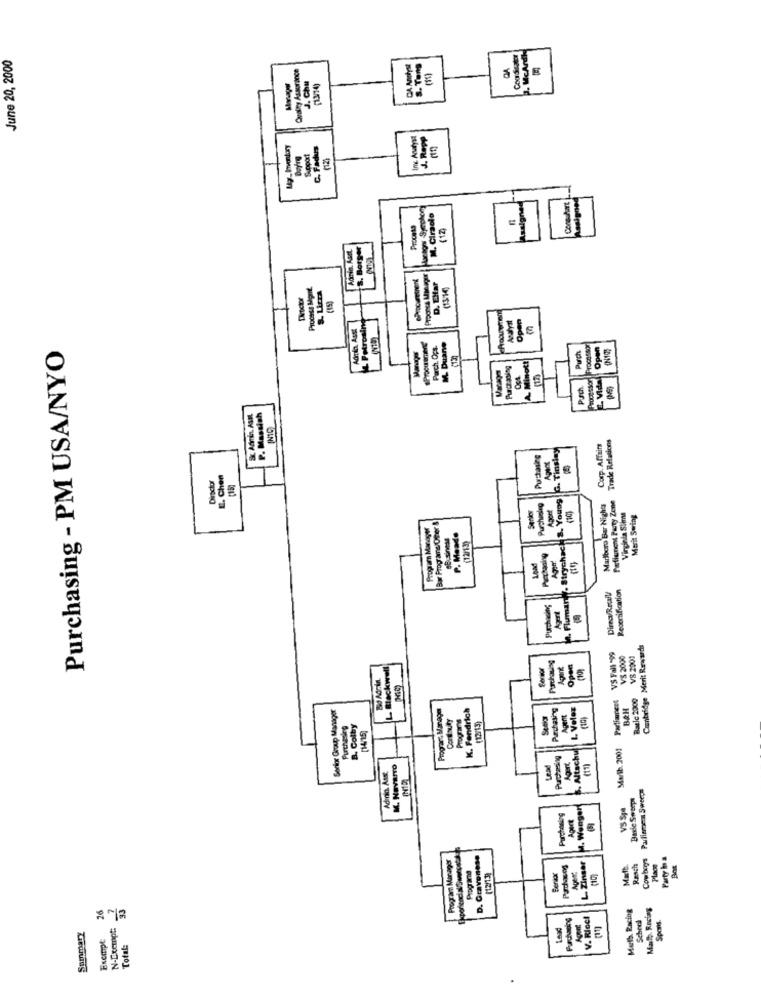
June 20, 2000
McArdk
Quality Assurance
CA. Anthest
s. Tang
J. Chu
Inc. Acutyst
Support
ConsuAuart
M. Ciraolo
Assign
Proce13
Admin. Ksat.
8. Borger
MAL
Process Mgmt.
8. Litra
D. EHar
Admin. Asst
& Potroml
Open
Purchasing - PM USA/NYO
Parch. 0pt.
M. Duane
Processor
Open
Purch
Purchasing
Minott
2. Vida
Pusch
& Admin, ASML
P. Maswish
Trade Relations
M. Flumary. Strychack S. Youog |G. Tinsley
Corp. Affairs
Purchasing
Director
E. Chen
Fallunent Party Zene
Purshining
Apoet
Marlboro Bar Night
Vindela Silme
Merit Swing
Program Manager
Bar Programs/Oter &
12/13)
Purchasing
E
Recortification
Direa/Roll
Aprt
Conbridge Merit Rewards
Partiarest VS Fall "99
VS 2000
V8 2001
L. Blackwell
Agent
Open
Bed Admin.
Basic 2000
Senior Group Manager
Program Manager
K. Fendrich
Purchasing
8. Altschul L. Velez
BAH
Conduty
Programs
Agent
Purchasing
B. Colby
Marlib. 2001
Purchasing
Agurt.
M. NOVAITO
Lead
Admin, Aust
E
Parliegen Sweeps
Darle Sweeps
H. Wangen
VS Spa
Purchasing
Program Manager
D. Gravenese
Cowboys
Party In a
Programa
Purchas og
L. Zinger
Maft.
Rasch
Place
Bot
(12/13)
Seraar
26
Meth Racing
Math. Racing
Purchasing
V. Riccl
School
Spons.
N-Exempt:
Summary
Exempt
Total: